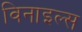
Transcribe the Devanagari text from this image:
विनाइल्स